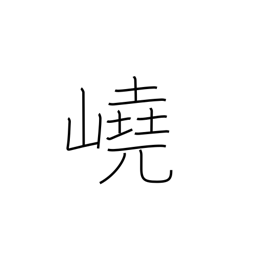
Meaning: towering